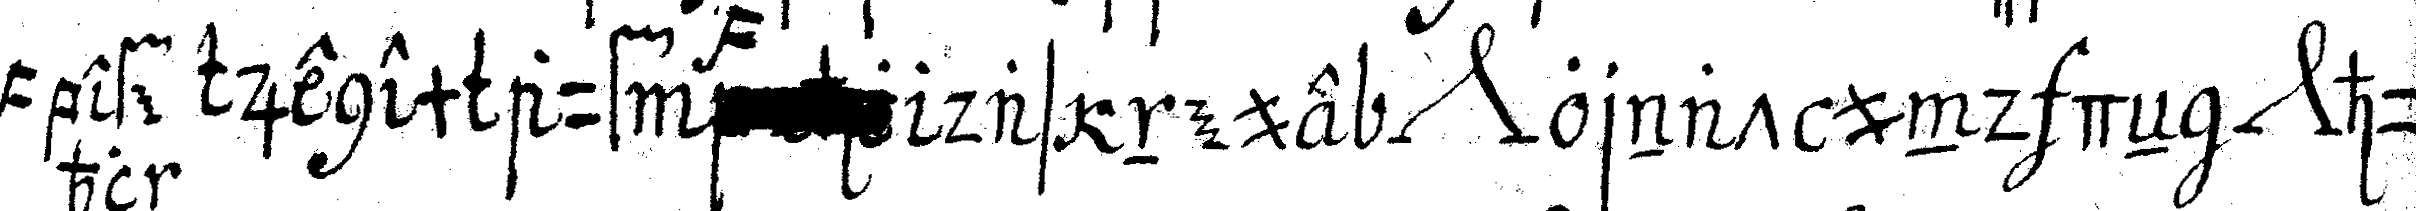
jenem auf    befehl das neue *nee* ornat und deN *nee* hu